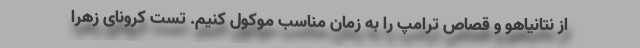
از نتانیاهو و قصاص ترامپ را به زمان مناسب موکول کنیم. تست کرونای زهرا